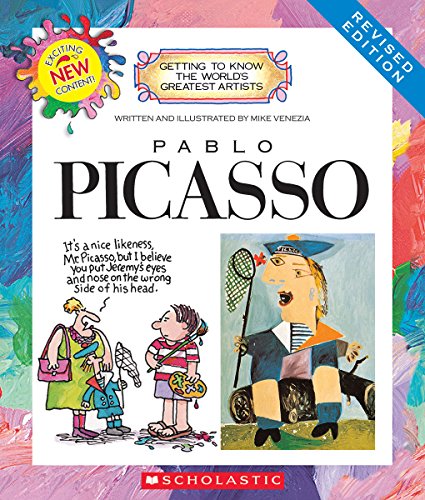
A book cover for Pablo Picasso (Revised Edition) (Getting to Know the World's Greatest Artists); Mike Venezia; Children's Books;